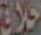
خلاق